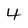
Character: 4